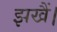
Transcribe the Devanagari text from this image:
झखैं।